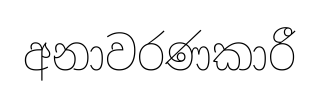
අනාවරණකාරී